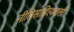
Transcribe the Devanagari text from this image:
नीतिसाहित्यवाली